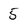
Character: 5